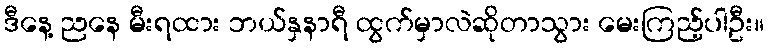
ဒီနေ့ ညနေ မီးရထား ဘယ်နှနာရီ ထွက်မှာလဲဆိုတာသွား မေးကြည့်ပါဦး။